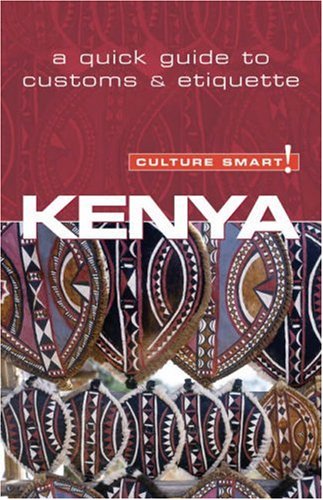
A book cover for Kenya - Culture Smart!: the essential guide to customs & culture; Jane Barsby; Travel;